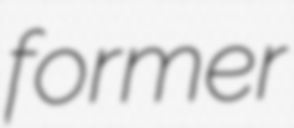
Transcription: former